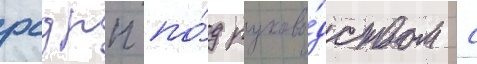
рсдрп по́д руково́дством с